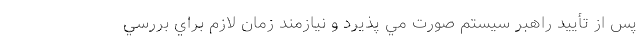
پس از تأييد راهبر سيستم صورت مي پذيرد و نيازمند زمان لازم براي بررسي